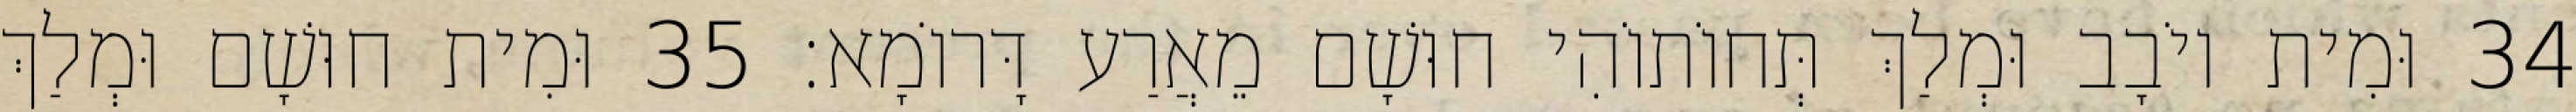
34 וּמִית יוֹבָב וּמְלַךְ תְּחוֹתוֹהִי חוּשָׁם מֵאֲרַע דָּרוֹמָא׃ 35 וּמִית חוּשָׁם וּמְלַךְ